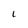
Character: 1